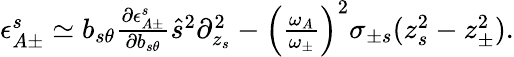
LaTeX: \begin{array}{r}{\epsilon_{A\pm}^{s}\simeq b_{s\theta}\frac{\partial\epsilon_{A\pm}^{s}}{\partial b_{s\theta}}\hat{s}^{2}\partial_{z_{s}}^{2}-\left(\frac{\omega_{A}}{\omega_{\pm}}\right)^{2}\sigma_{\pm s}(z_{s}^{2}-z_{\pm}^{2}).}\end{array}